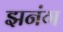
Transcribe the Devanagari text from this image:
झनंग